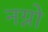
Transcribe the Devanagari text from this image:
नग्नो